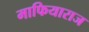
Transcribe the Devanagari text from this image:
माफियाराज